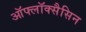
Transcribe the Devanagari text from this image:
ऑफ्लॉक्सैसिन